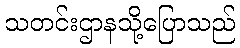
သတင်းဌာနသို့ပြောသည်